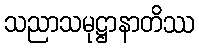
သညာသမုဋ္ဌာနာတိဿ